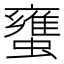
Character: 䗸